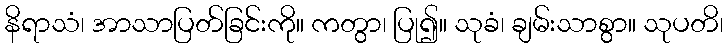
နိရာသံ၊ အာသာပြတ်ခြင်းကို။ ကတွာ၊ ပြု၍။ သုခံ၊ ချမ်းသာစွာ။ သုပတိ၊